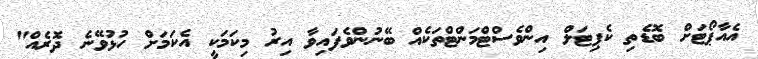
އެއާޕޯޓަށް ބޮޑެތި ކެޕިޓަލް އިންވެސްޓްމަންޓްތަކެއް ބޭނުންވެފައިވާ އިރު މިކަމަކީ އެކަމަށް ހުޅުވޭނެ ދޮރެއް"